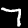
Digit: 7